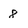
Character: 8